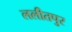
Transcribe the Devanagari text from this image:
ललीतपुर